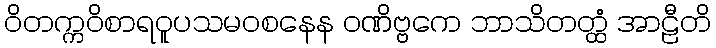
ဝိတက္ကဝိစာရဝူပသမဝစနေန ဝဏိဗ္ဗကေ ဘာသိတတ္ထံ အာဠီတိ